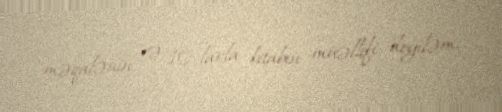
məqalənin və 10-larla kitabın müəllifi deyiləm.